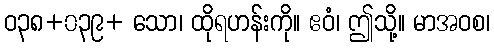
ဝ၃၈+၀၃၉+ သော၊ ထိုရဟန်းကို။ ဧဝံ၊ ဤသို့။ မာအဝစ၊